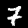
Digit: 7